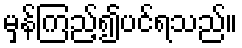
မှန်ကြည့်၍ပင်ရသည်။